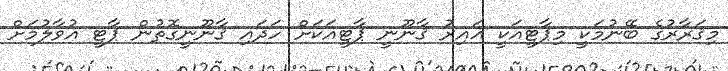
މިޤަރާރުގެ ބޭނުމަކީ މިޕާޓީއަކީ ޣައިރު ޤާނޫނީ ޕާޓީއަކަށް ހަދައި ޤާނޫނީގޮތުން ޕާޓީ އުވާލުމަށް